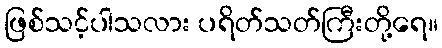
ဖြစ်သင့်ပါသလား ပရိတ်သတ်ကြီးတို့ရေ။